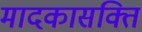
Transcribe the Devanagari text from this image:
मादकासक्ति